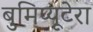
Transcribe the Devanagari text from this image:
बुमिप्यूटेरा